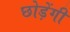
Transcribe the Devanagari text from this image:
छोड़ेंगी